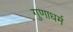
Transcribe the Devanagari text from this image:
गुणाधर्म